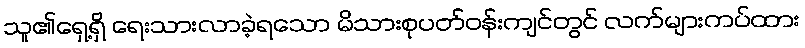
သူ၏ရှေ့ရှိ ရေးသားလာခဲ့ရသော မိသားစုပတ်ဝန်းကျင်တွင် လက်များကပ်ထား